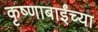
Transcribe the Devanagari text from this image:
कृष्णाबाईंच्या